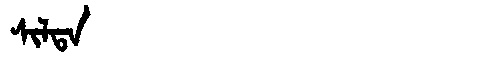
Manchu: ᠰᡳᠯᡨᠠ
Romanization: SILTA